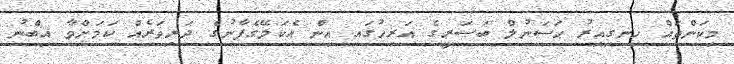
މިކަންތައް ހިނގިއިރު ޙަސަނުލް ބަޞަރީގެ އަރިހުގައި އިން އެކަލޭގެފާނުގެ ދަރިވަރެއް ކަމަށްވާ އިބްނު